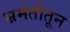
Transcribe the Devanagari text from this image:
भ्रमंतीतून